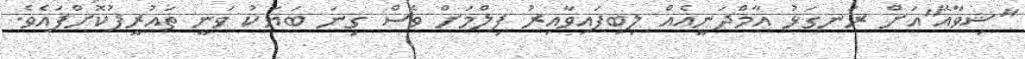
"ޝިވާއޭ"އަށް ރަނގަޅު އާމްދަނީއެއް ލިބިފައިވާއިރު ފިލްމަށް ވެސް ގިނަ ބަޔަކު ވަނީ ތައުރީފުކޮށްފައެވެ.